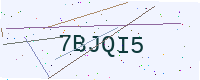
Text: 7BJQI5